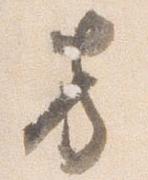
方